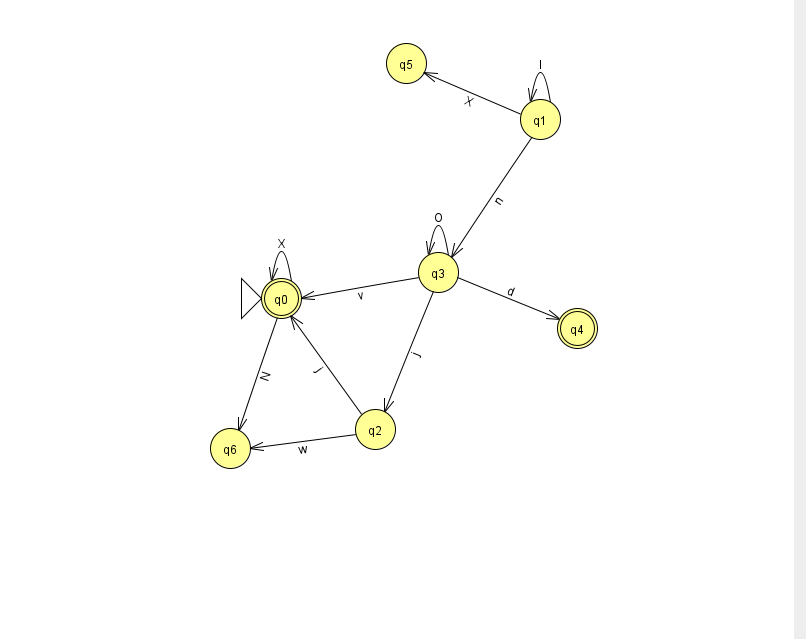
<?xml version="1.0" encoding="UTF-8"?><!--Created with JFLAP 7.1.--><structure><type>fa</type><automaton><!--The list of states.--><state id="0" name="q0"><x>281.0</x><y>285.0</y><initial/><final/></state><state id="1" name="q1"><x>540.0</x><y>106.0</y></state><state id="2" name="q2"><x>375.0</x><y>416.0</y></state><state id="3" name="q3"><x>438.0</x><y>259.0</y></state><state id="4" name="q4"><x>577.0</x><y>315.0</y><final/></state><state id="5" name="q5"><x>406.0</x><y>50.0</y></state><state id="6" name="q6"><x>230.0</x><y>435.0</y></state><!--The list of transitions.--><transition><from>2</from><to>0</to><read>j</read></transition><transition><from>2</from><to>6</to><read>w</read></transition><transition><from>0</from><to>6</to><read>N</read></transition><transition><from>3</from><to>4</to><read>d</read></transition><transition><from>0</from><to>0</to><read>X</read></transition><transition><from>3</from><to>2</to><read>j</read></transition><transition><from>1</from><to>1</to><read>l</read></transition><transition><from>1</from><to>3</to><read>n</read></transition><transition><from>1</from><to>5</to><read>X</read></transition><transition><from>3</from><to>0</to><read>v</read></transition><transition><from>3</from><to>3</to><read>O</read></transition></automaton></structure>